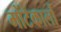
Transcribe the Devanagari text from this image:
मोंटेकार्लो